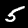
Digit: 5